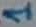
Text: 1